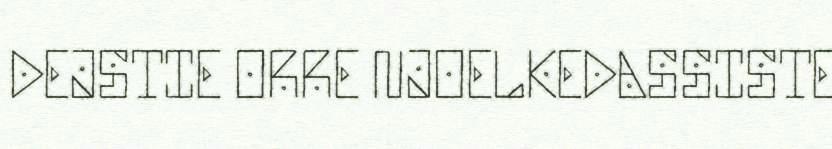
DEJSTIE ORRE NJOELKEDASSISTE